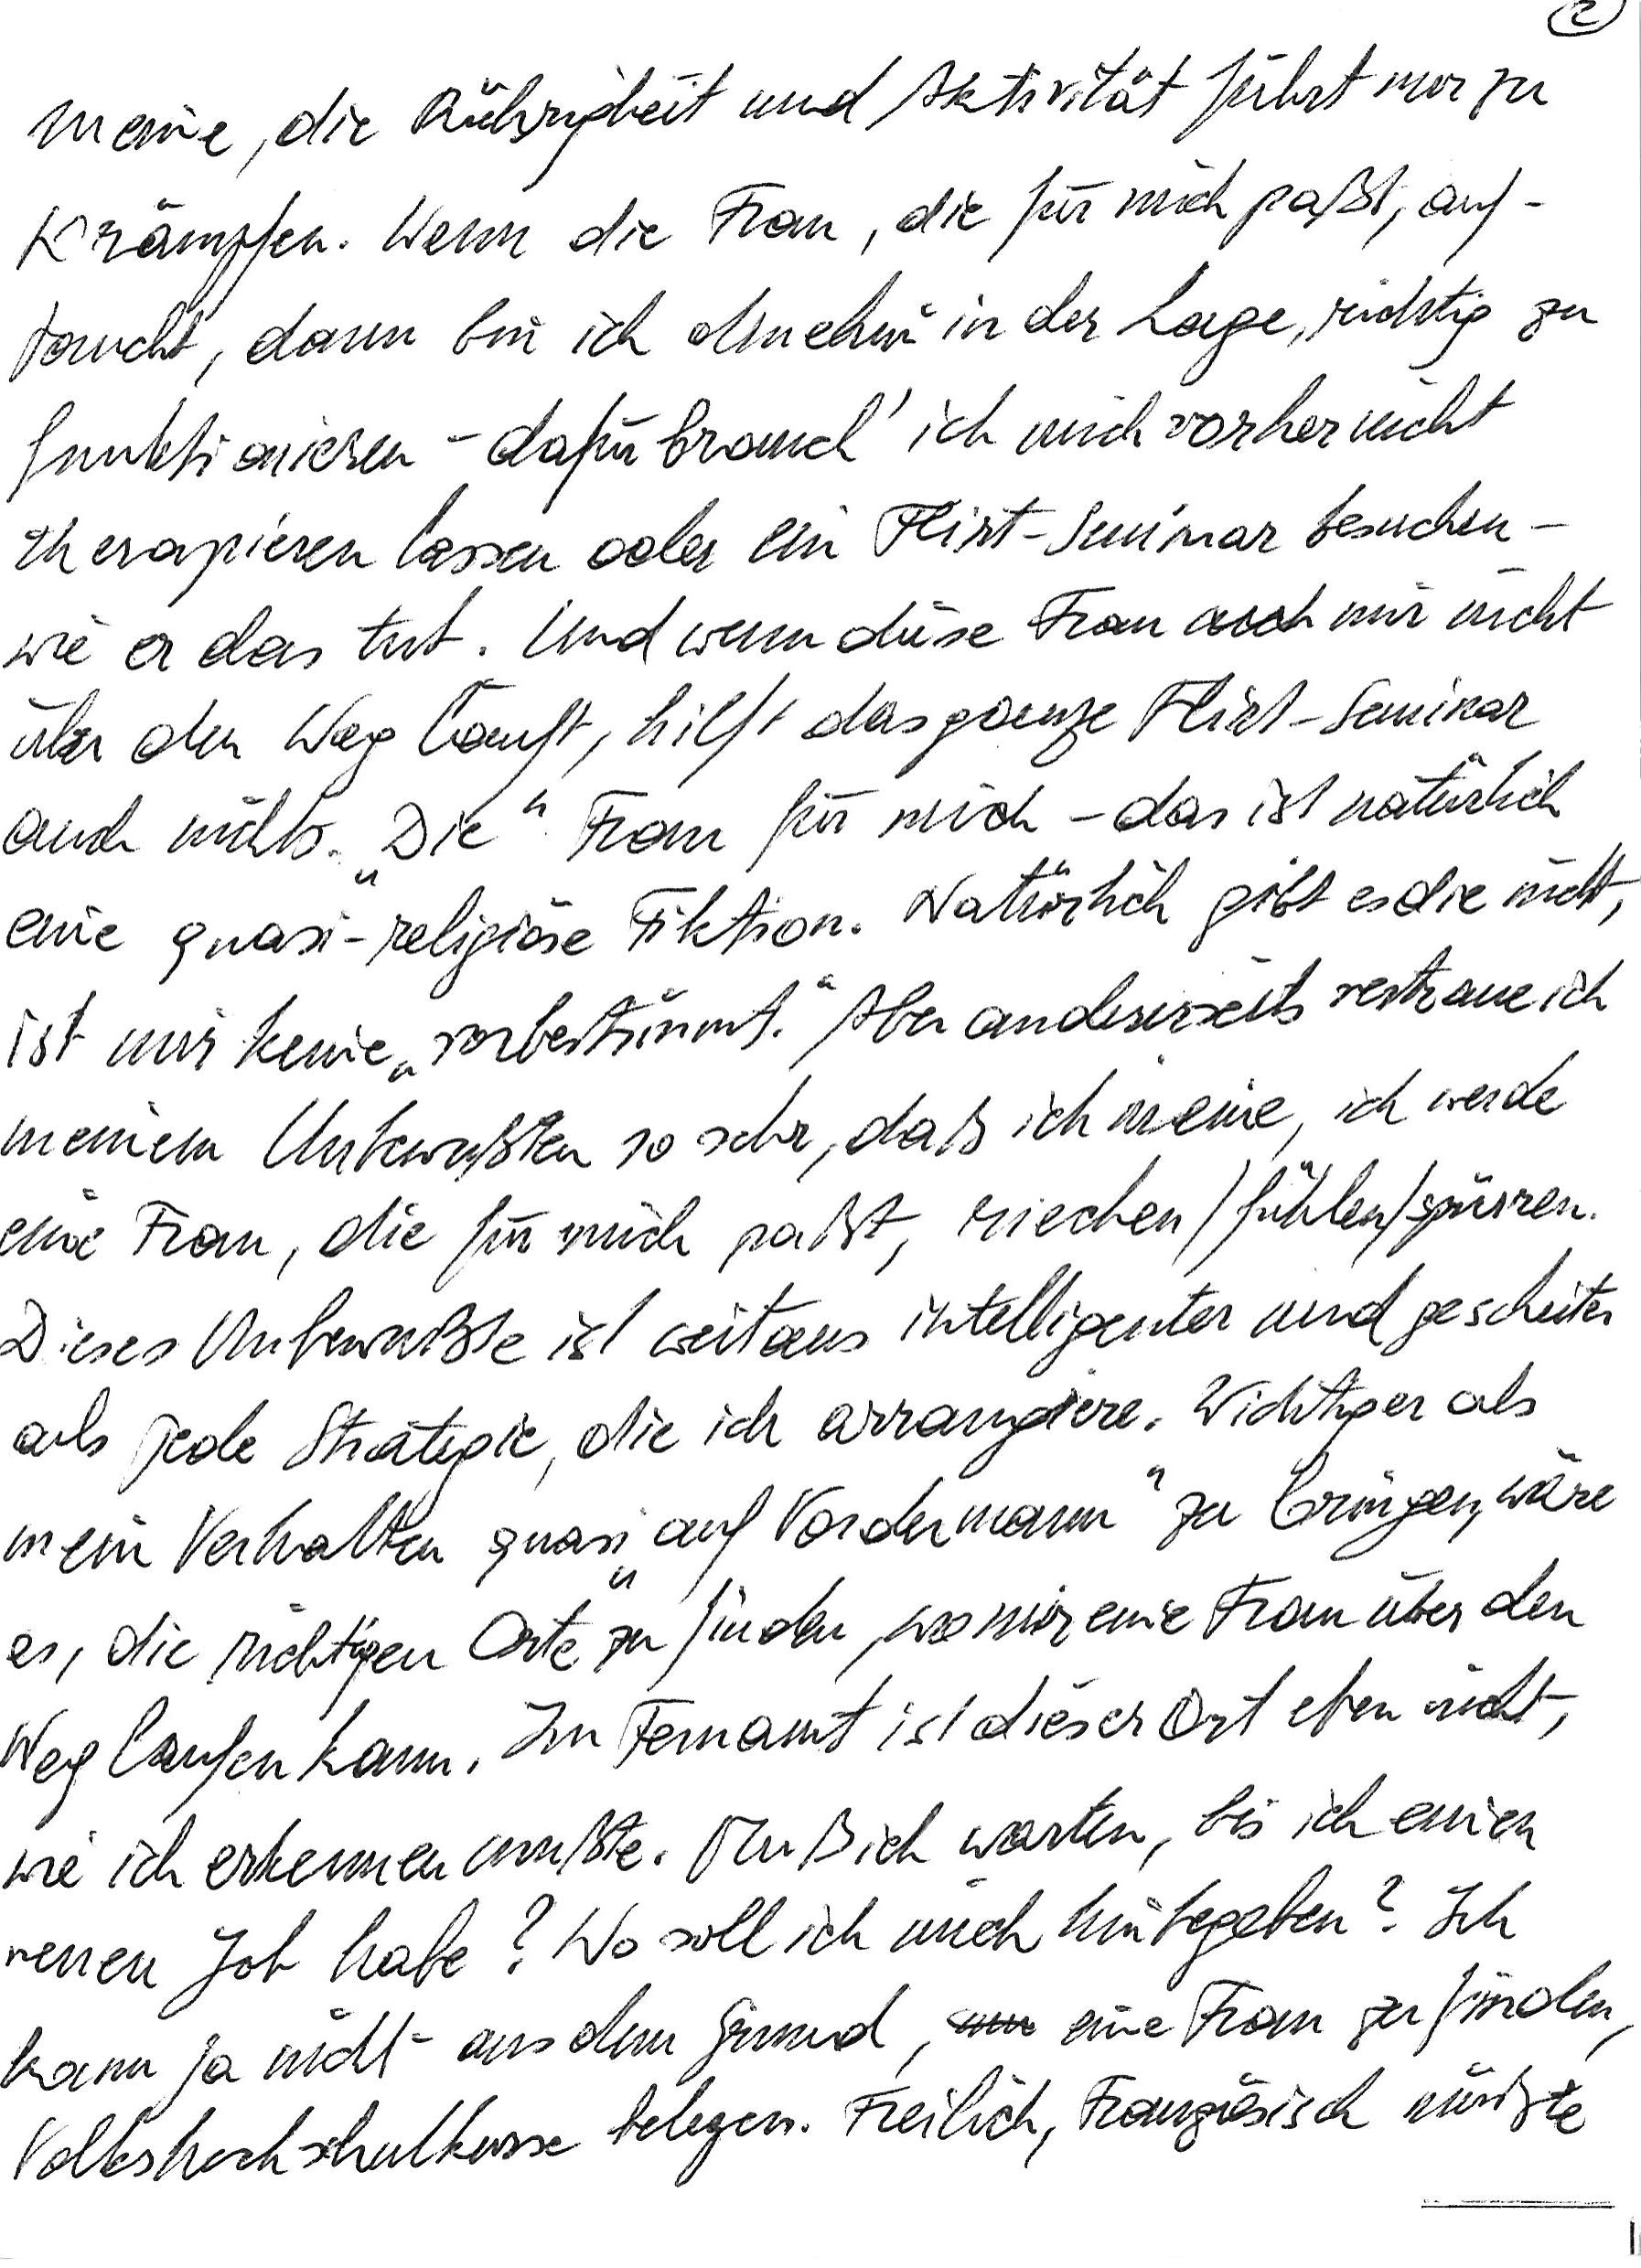
meine, die Rührigkeit und Aktivität führt nur zu
Krämpfen. Wenn die Frau, die für mich paßt, auf-
taucht, dann bin ich ohnehin in der Lage, richtig zu
funktionieren – dafür brauch‘ ich mich vorher nicht
therapieren lassen oder ein Flirt-Seminar besuchen –
wie er das tut. Und wenn diese Frau mir nicht
über den Weg läuft, hilft das ganze Flirt-Seminar
auch nichts. „Die“ Frau für mich – das ist natürlich
eine quasi-religiöse Fiktion. Natürlich gibt es die nicht,
ist mir keine „vorbestimmt“. Aber andererseits vertraue ich
meinem Unbewußten so sehr, daß ich meine, ich werde
eine Frau, die für mich paßt, riechen/fühlen/spüren.
Dieses Unbewußte ist weitaus intelligenter und gescheiter
als jede Strategie, die ich arrangiere. Wichtiger als
mein Verhalten quasi „auf Vordermann“ zu bringen, wäre
es, die richtigen Orte zu finden, wo mir eine Frau über den
Weg laufen kann. Im Fernamt ist dieser Ort eben nicht,
wie ich erkennen mußte. Muß ich warten, bis ich einen
neuen Job habe? Wo soll ich mich hinbegeben? Ich
kann ja nicht aus dem Grund, eine Frau zu finden,
Volkshochschulkurse belegen. Freilich, Französisch müßte